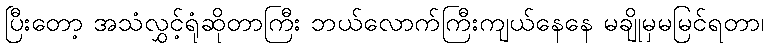
ပြီးတော့ အသံလွှင့်ရုံဆိုတာကြီး ဘယ်လောက်ကြီးကျယ်နေနေ မချိုမှမမြင်ရတာ၊